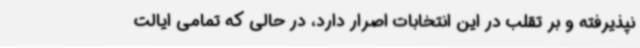
نپذیرفته و بر تقلب در این انتخابات اصرار دارد، در حالی که تمامی ایالت